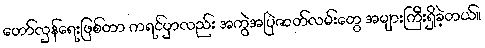
တော်လှန်ရေးဖြစ်တာ ကရင်မှာလည်း အကွဲအပြဲဇာတ်လမ်းတွေ အများကြီးရှိခဲ့တယ်။